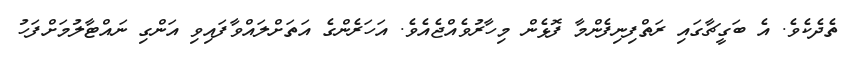
ތެދެކެވެ. އެ ބަގީޗާގައި ރަތްފިނިފެންމާ ފޮޅެން މިހާރުވެއްޖެއެވެ. އަހަރެންގެ އަތަށްލައްވާފައިވި އަންގި ނައްޓާލުމަށްފަހު